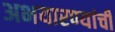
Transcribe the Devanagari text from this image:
अभयारण्यांची